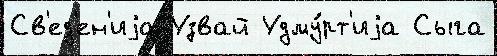
Св'ед'ен'иjа Узвай Удму́рт'иjа Сыга